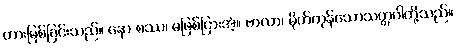
တားမြစ်ခြင်းသည်။ နော စဿ၊ မဖြစ်ငြားအံ့။ ဗာလာ၊ မိုက်ကုန်သောသတ္တဝါတို့သည်။